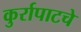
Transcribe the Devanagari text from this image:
कुर्रापाटचे